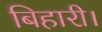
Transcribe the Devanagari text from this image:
बिहारी।